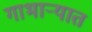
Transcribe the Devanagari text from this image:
गाभार्‍यात